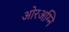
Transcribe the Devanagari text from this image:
ओरअग्नि